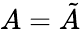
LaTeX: A={\tilde{A}}